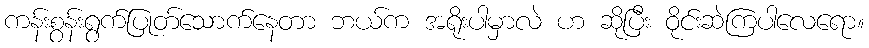
ကန်းစွန်းရွက်ပြုတ်သောက်နေတာ ဘယ်က အရိုးပါမှာလဲ ဟ ဆိုပြီး ဝိုင်းဆဲကြပါလေရော။